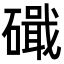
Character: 𥖙